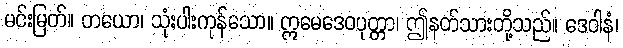
မင်းမြတ်။ တယော၊ သုံးပါးကုန်သော။ ဣမေဒေဝပုတ္တာ၊ ဤနတ်သားတို့သည်။ ဒေဝါနံ၊